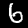
Label: 6